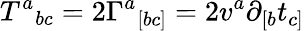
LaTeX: T^{a}{}_{bc}=2\Gamma^{a}{}_{[bc]}=2v^{a}\partial_{[b}t_{c]}